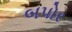
બપોર